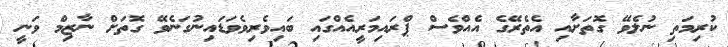
ކުރިމަތި ނުލެވޭ ގޮތަށާއި އެތެރޭގެ އެއްވެސް ޕްރައިމަރީއެއްގައި ބައިވެރިވެވަޑައިނުގަނެވޭ ގޮތަށް ނާޒިމް ވަނީ